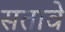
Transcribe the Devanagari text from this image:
सतावे